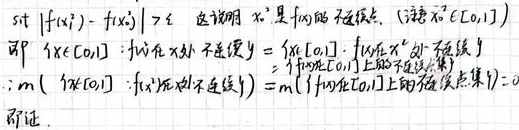
\[
\begin{align*}
&\text{设 }\{x_i\} \text{ 满足 }|f(x_i) - f(x_j)| \geq \varepsilon \text{，这说明 } x^* \text{ 是 } f(x) \text{ 的不连续点（注意 } x^* \in [0,1]）\\
&\text{即 }\{x \in [0,1]: f \text{ 在 } x \text{ 处不连续}\} = \{x \in [0,1]: f \text{ 在 } x \text{ 处不连续}\}\\
&\therefore m(\{x \in [0,1]: f \text{ 在 } x \text{ 处不连续}\}) = m(\{f \text{ 在 }[0,1] \text{ 上的不连续点集}\}) = 0\\
&\text{即证.}
\end{align*}
\]